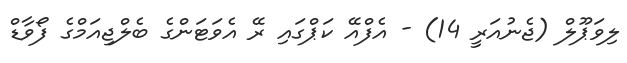
ލިވަޕޫލް (ޖެނުއަރީ 14) - އެފްއޭ ކަޕްގައި ރޭ އެވަޓަންގެ ބެލްޖިއަމްގެ ފޯވާޑް